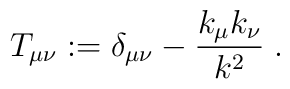
T_{\mu \nu} := \delta_{\mu \nu} -\frac{k_\mu k_\nu}{k^2} \; .